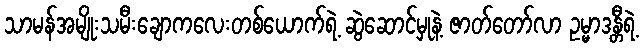
သာမန်အမျိုးသမီးချောကလေးတစ်ယောက်ရဲ့ ဆွဲဆောင်မှုနဲ့ ဇာတ်တော်လာ ဥမ္မာဒန္တီရဲ့